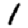
Digit: 1